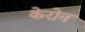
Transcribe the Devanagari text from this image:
केरोन